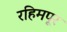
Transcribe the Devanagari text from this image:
रहिमपूर